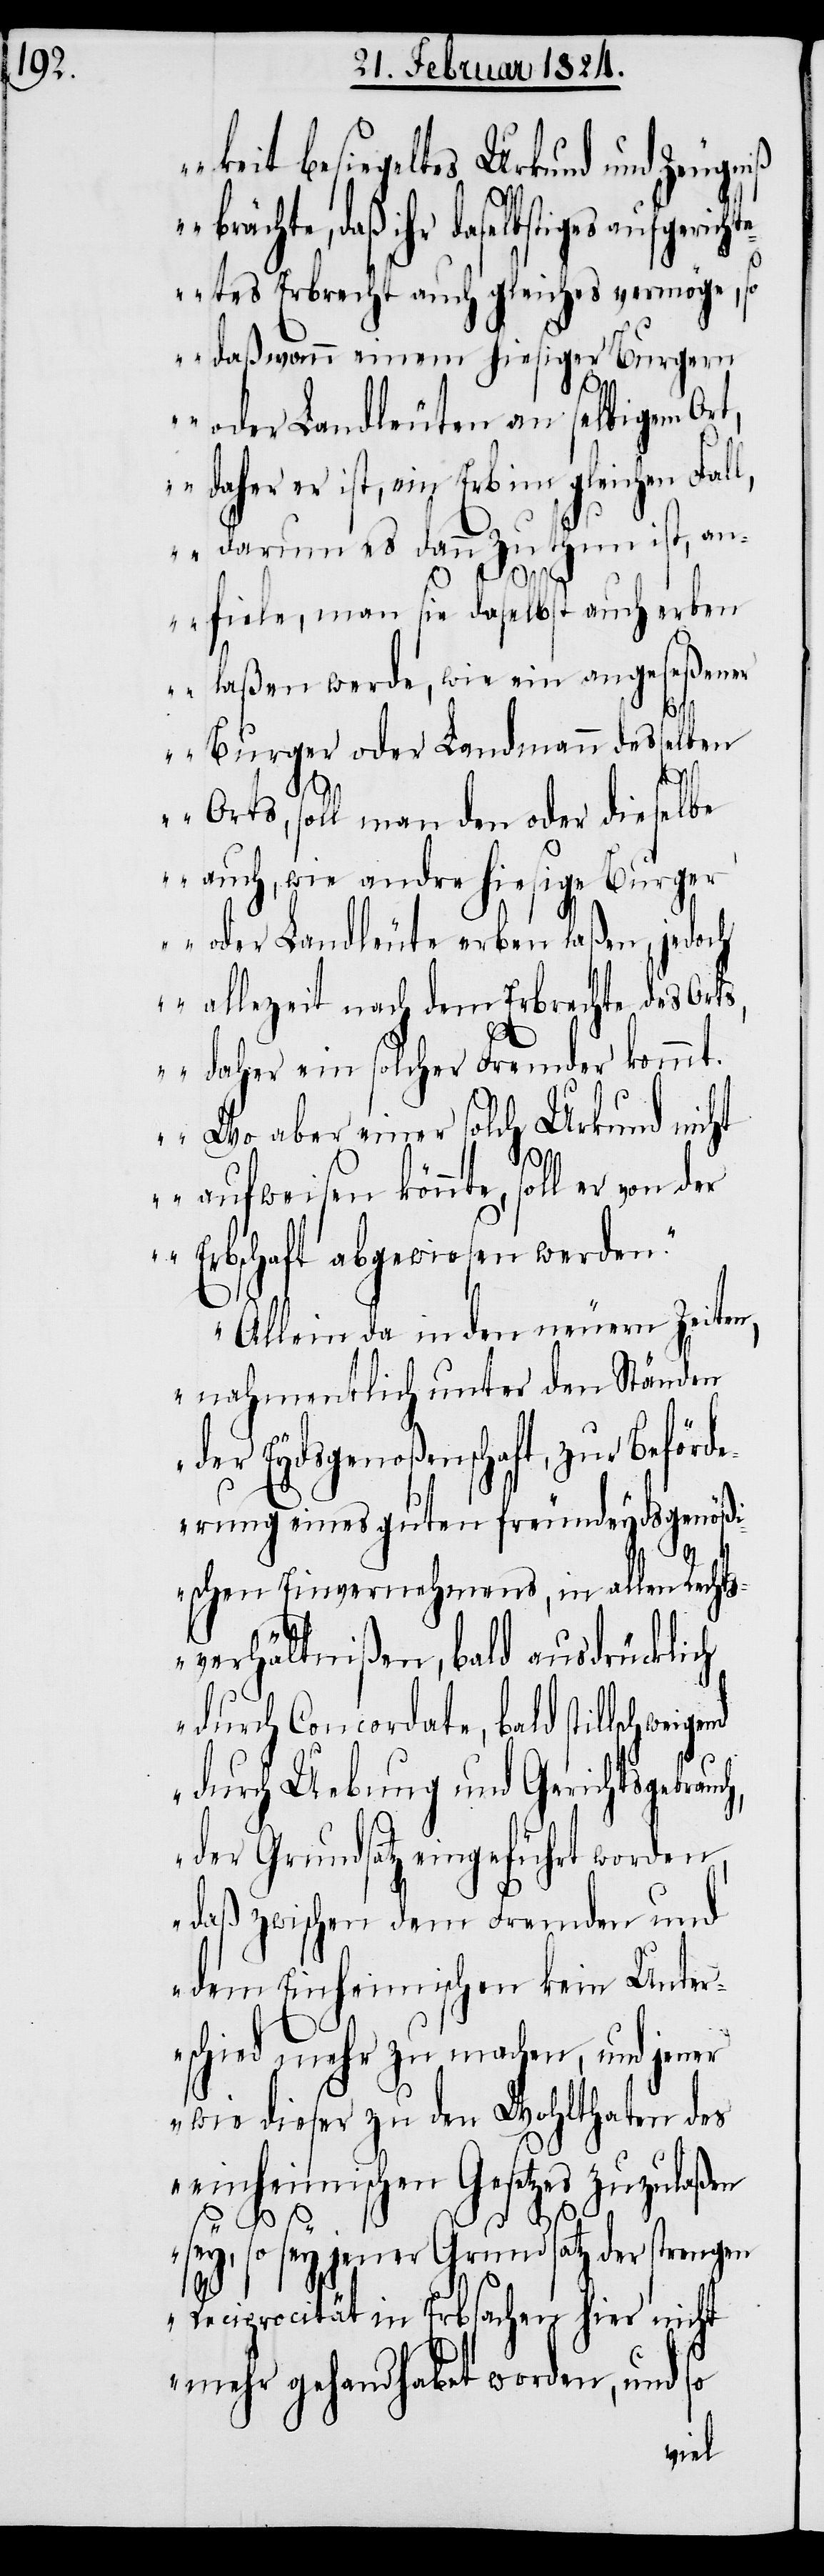
keit besiegeltes Urkund und Zeugniß
brächte, daß ihr daselbstiges aufgeric¬
htetes Erbrecht auch gleiches vermöge, so
daß, von einem hiesiger Burgern
oder Landleuten an selbigem Ort,
daher er ist, ein Erb im gleichen Fal¬
l, darum es dann zu thun ist, an¬
fiele, man sie daselbst auch erben
laßen werde, wie ein angeseßener
Burger oder Landmann desselben
Orts, soll man den oder dieselbe
auch, wie andre hiesige Burge¬
r oder Landleute erben laßen, jedoch
allezeit nach dem Erbrechte des Ort¬
s, daher ein solcher Fremder kommt.
Wo aber einer solch Urkund nicht
aufweisen könnte, soll er von
der Erbschaft abgewiesen werden.“
Allein da in den neuern Zeiten,
nahmentlich unter den Ständen
der Eydsgenoßenschaft, zur Beför¬
derung eines guten freundeydsgenößi¬
schen Einvernehmens, in allen Rechts¬
verhältnißen, bald ausdrücklich
durch Concordate, bald stillschw¬
durch Uebung und Gerichtsgebrauc¬
der Grundsatz eingeführt worden,
daß zwischen dem Fremden und
dem Einheimischen kein Unter¬
schied mehr zu machen, und jener
wie dieser zu den Wohlthaten des
einheimischen Gesetzes zuzulaßen
h,
sey, so sey jener Grundsatz der strengen
Reciprocität in Erbsachen hier nicht
mehr gehandhabet worden, und so
eigend